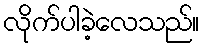
လိုက်ပါခဲ့လေသည်။